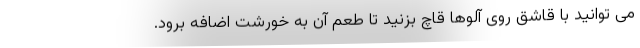
می توانید با قاشق روی آلوها قاچ بزنید تا طعم آن به خورشت اضافه برود.